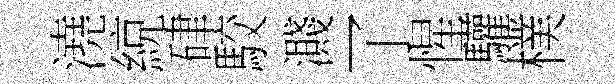
澆綂硉駮濺了惺驩樸